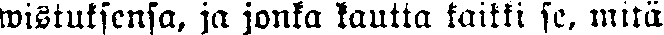
wistuksensa, ja jonka kautta kaikki se, mitä